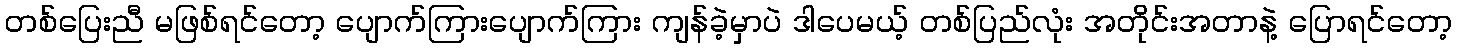
တစ်ပြေးညီ မဖြစ်ရင်တော့ ပျောက်ကြားပျောက်ကြား ကျန်ခဲ့မှာပဲ ဒါပေမယ့် တစ်ပြည်လုံး အတိုင်းအတာနဲ့ ပြောရင်တော့